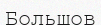
Большов